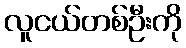
လူငယ်တစ်ဦးကို